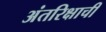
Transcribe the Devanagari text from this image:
अंतरिक्षाची